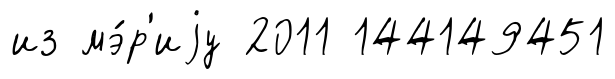
из мэ́р'иjу 2011 144149451